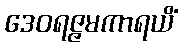
ဒေဝရဇ္ဇမကာရယိံ